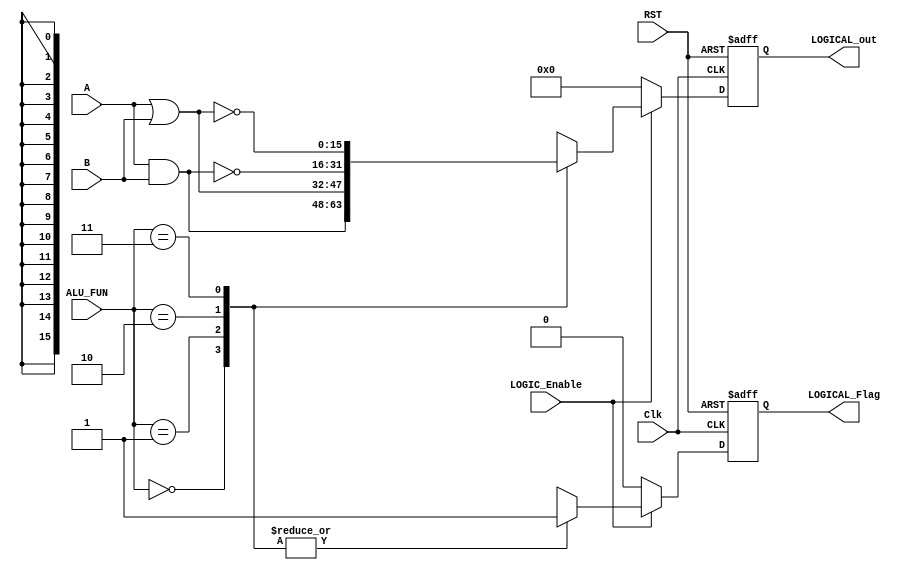
module LOGIC_UNIT
   #(parameter IN_DATA_WIDTH= 16,
              OUT_DATA_WIDTH=16
  )
  
  (
  input wire      [IN_DATA_WIDTH-1:0]        A,
  input wire      [IN_DATA_WIDTH-1:0]        B,
  input wire      [1:0]                      ALU_FUN,
  input wire                                 Clk,
  input wire                                 RST,
  input wire                                 LOGIC_Enable,
  output reg     [OUT_DATA_WIDTH-1:0]        LOGICAL_out,
  output reg                                 LOGICAL_Flag
  );
  reg [OUT_DATA_WIDTH-1:0]        LOGICAL_out_signal;
  reg                             LOGICAL_Flag_siganl;
  //always blocking sequntial
  
  always@(posedge Clk or negedge RST)
  begin
    if(!RST)
      begin
      LOGICAL_out<=16'b0;
      LOGICAL_Flag<=1'b0;
      end
    else
      begin
      LOGICAL_out<=LOGICAL_out_signal;
      LOGICAL_Flag<=LOGICAL_Flag_siganl;
      end
  end
  //always blocking combintional
  always@(*)
  begin
    LOGICAL_Flag_siganl=1'b0;
    LOGICAL_out_signal=16'b0;
    if(LOGIC_Enable)
      begin
        case(ALU_FUN)
           2'b00 : begin
              LOGICAL_out_signal = A & B ;
              LOGICAL_Flag_siganl = 1'b1 ;              
		      end
          2'b01 : begin
              LOGICAL_out_signal = A | B ;
              LOGICAL_Flag_siganl = 1'b1 ;           
		      end
         2'b10 : begin
              LOGICAL_out_signal = ~(A & B) ;
              LOGICAL_Flag_siganl = 1'b1 ;           
		      end
         2'b11 : begin
              LOGICAL_out_signal = ~(A | B) ;
              LOGICAL_Flag_siganl = 1'b1 ;           
		      end
		    endcase
		   end
		   else
		     begin
		        LOGICAL_Flag_siganl=1'b0;
            LOGICAL_out_signal=16'b0;
		       end
		end
		endmodule